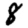
Digit: 8